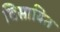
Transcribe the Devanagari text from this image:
विसावित